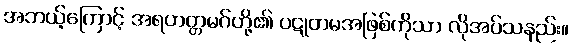
အဘယ့်ကြောင့် အရဟတ္တမဂ်တို့၏ ပဋုတမအဖြစ်ကိုသာ လိုအပ်သနည်း။